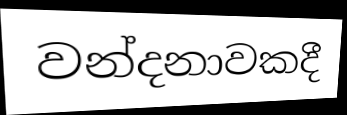
වන්දනාවකදී